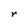
Character: r